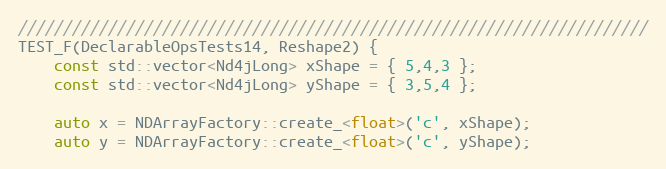
Language: C++
//////////////////////////////////////////////////////////////////////
TEST_F(DeclarableOpsTests14, Reshape2) {
    const std::vector<Nd4jLong> xShape = { 5,4,3 };
    const std::vector<Nd4jLong> yShape = { 3,5,4 };

    auto x = NDArrayFactory::create_<float>('c', xShape);
    auto y = NDArrayFactory::create_<float>('c', yShape);